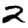
Digit: 2